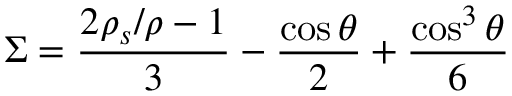
\Sigma = { \frac { 2 \rho _ { s } / \rho - 1 } { 3 } } - { \frac { \cos \theta } { 2 } } + { \frac { \cos ^ { 3 } \theta } { 6 } }